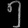
Digit: ၅